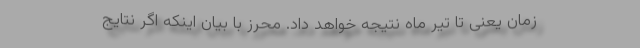
زمان یعنی تا تیر ماه نتیجه خواهد داد. محرز با بیان اینکه اگر نتایج